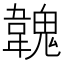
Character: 𩏐